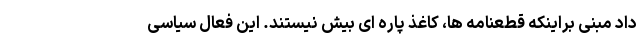
داد مبنی براینکه قطعنامه ها، کاغذ پاره ای بیش نیستند. این فعال سیاسی